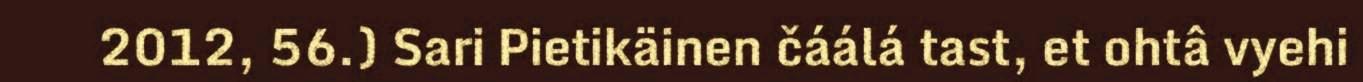
2012, 56.) Sari Pietikäinen čáálá tast, et ohtâ vyehi